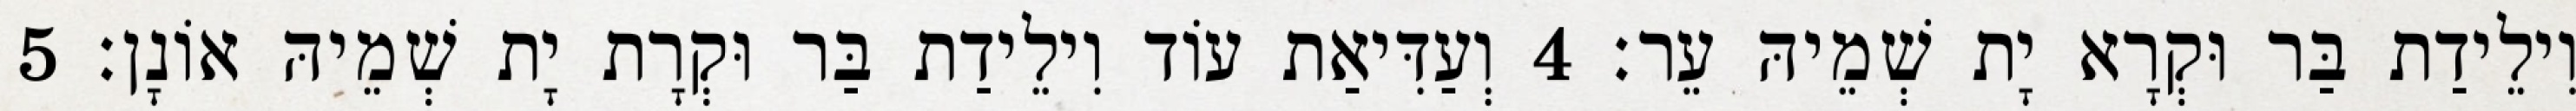
וִילֵידַת בַּר וּקְרָא יָת שְׁמֵיהּ עֵר׃ 4 וְעַדִּיאַת עוֹד וִילֵידַת בַּר וּקְרָת יָת שְׁמֵיהּ אוֹנָן׃ 5